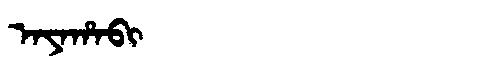
Manchu: ᠠᠶᠠᡥᠠᠪᡳ
Romanization: AYAHABI